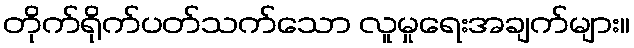
တိုက်ရိုက်ပတ်သက်သော လူမှုရေးအချက်များ။